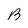
Character: B